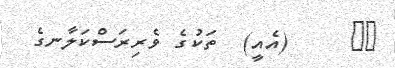
٨٠     (އެއީ)  ތަކުގެ ވެރިރަސްކަލާނގެ